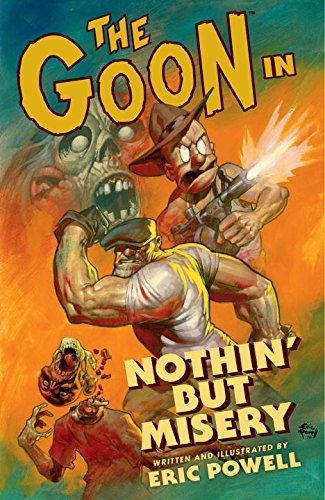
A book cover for The Goon: Volume 1: Nothin' But Misery (2nd edition) (Goon (Graphic Novels)); Eric Powell; Comics & Graphic Novels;